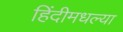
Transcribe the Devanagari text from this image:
हिंदीमधल्या